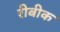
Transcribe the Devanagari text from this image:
रीबीक